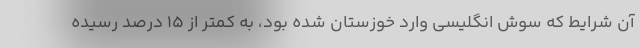
آن شرایط که سوش انگلیسی وارد خوزستان شده بود، به کمتر از ۱۵ درصد رسیده